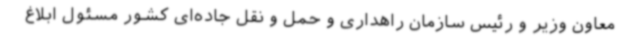
معاون وزیر و رئیس سازمان راهداری و حمل و نقل جاده‌ای کشور مسئول ابلاغ